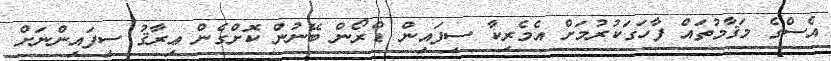
އެސްގެ މަޤާމުތައް ފާހަގަކުރުމަށް އެމެރިކާ ސިފައިން ޑްރޯން ބޭނުން ކޮށްގެން ޢިރާޤު ސިފައިންނަށް